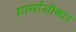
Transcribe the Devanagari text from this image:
मार्गासोबत